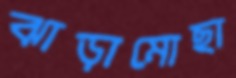
ঝাড়ামোছা